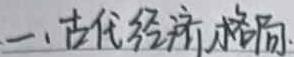
一、古代经济格局